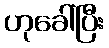
ဟုခေါ်ပြီး